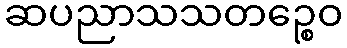
ဆပညာသသတဉ္စေဝ